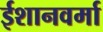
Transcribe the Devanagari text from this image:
ईशानवर्मा